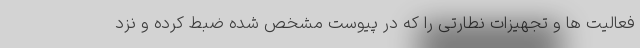
فعالیت ها و تجهیزات نطارتی را که در پیوست مشخص شده ضبط کرده و نزد